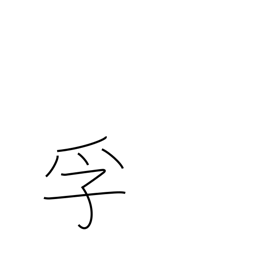
Meaning: encase